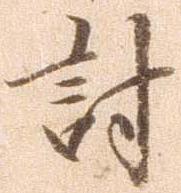
討